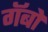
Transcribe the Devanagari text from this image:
गॅबो